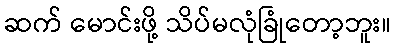
ဆက် မောင်းဖို့ သိပ်မလုံခြုံတော့ဘူး။